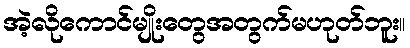
အဲ့လိုကောင်မျိုးတွေအတွက်မဟုတ်ဘူး။